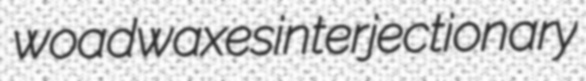
woadwaxes interjectionary